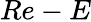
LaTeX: Re-E